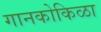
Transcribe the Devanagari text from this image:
गानकोकिळा